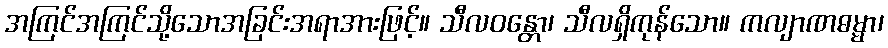
အကြင်အကြင်သို့သောအခြင်းအရာအားဖြင့်။ သီလဝန္တော၊ သီလရှိကုန်သော။ ကလျာဏဓမ္မာ၊